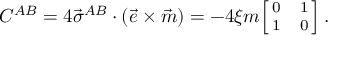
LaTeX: C ^ { A B } = 4 \vec { \sigma } ^ { A B } \cdot ( \vec { e } \times \vec { m } ) = - 4 \xi m { { \footnotesize \left[ \! \! \begin{array} { c c } { { 0 } } & { { 1 } } \\ { { 1 } } & { { 0 } } \end{array} \! \! \right] } } \, .